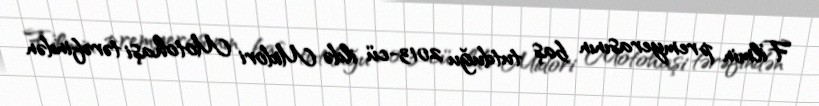
Filmin premyerasının baş tutduğu 2013-cü ildə Midori Motohaşi tərəfindən